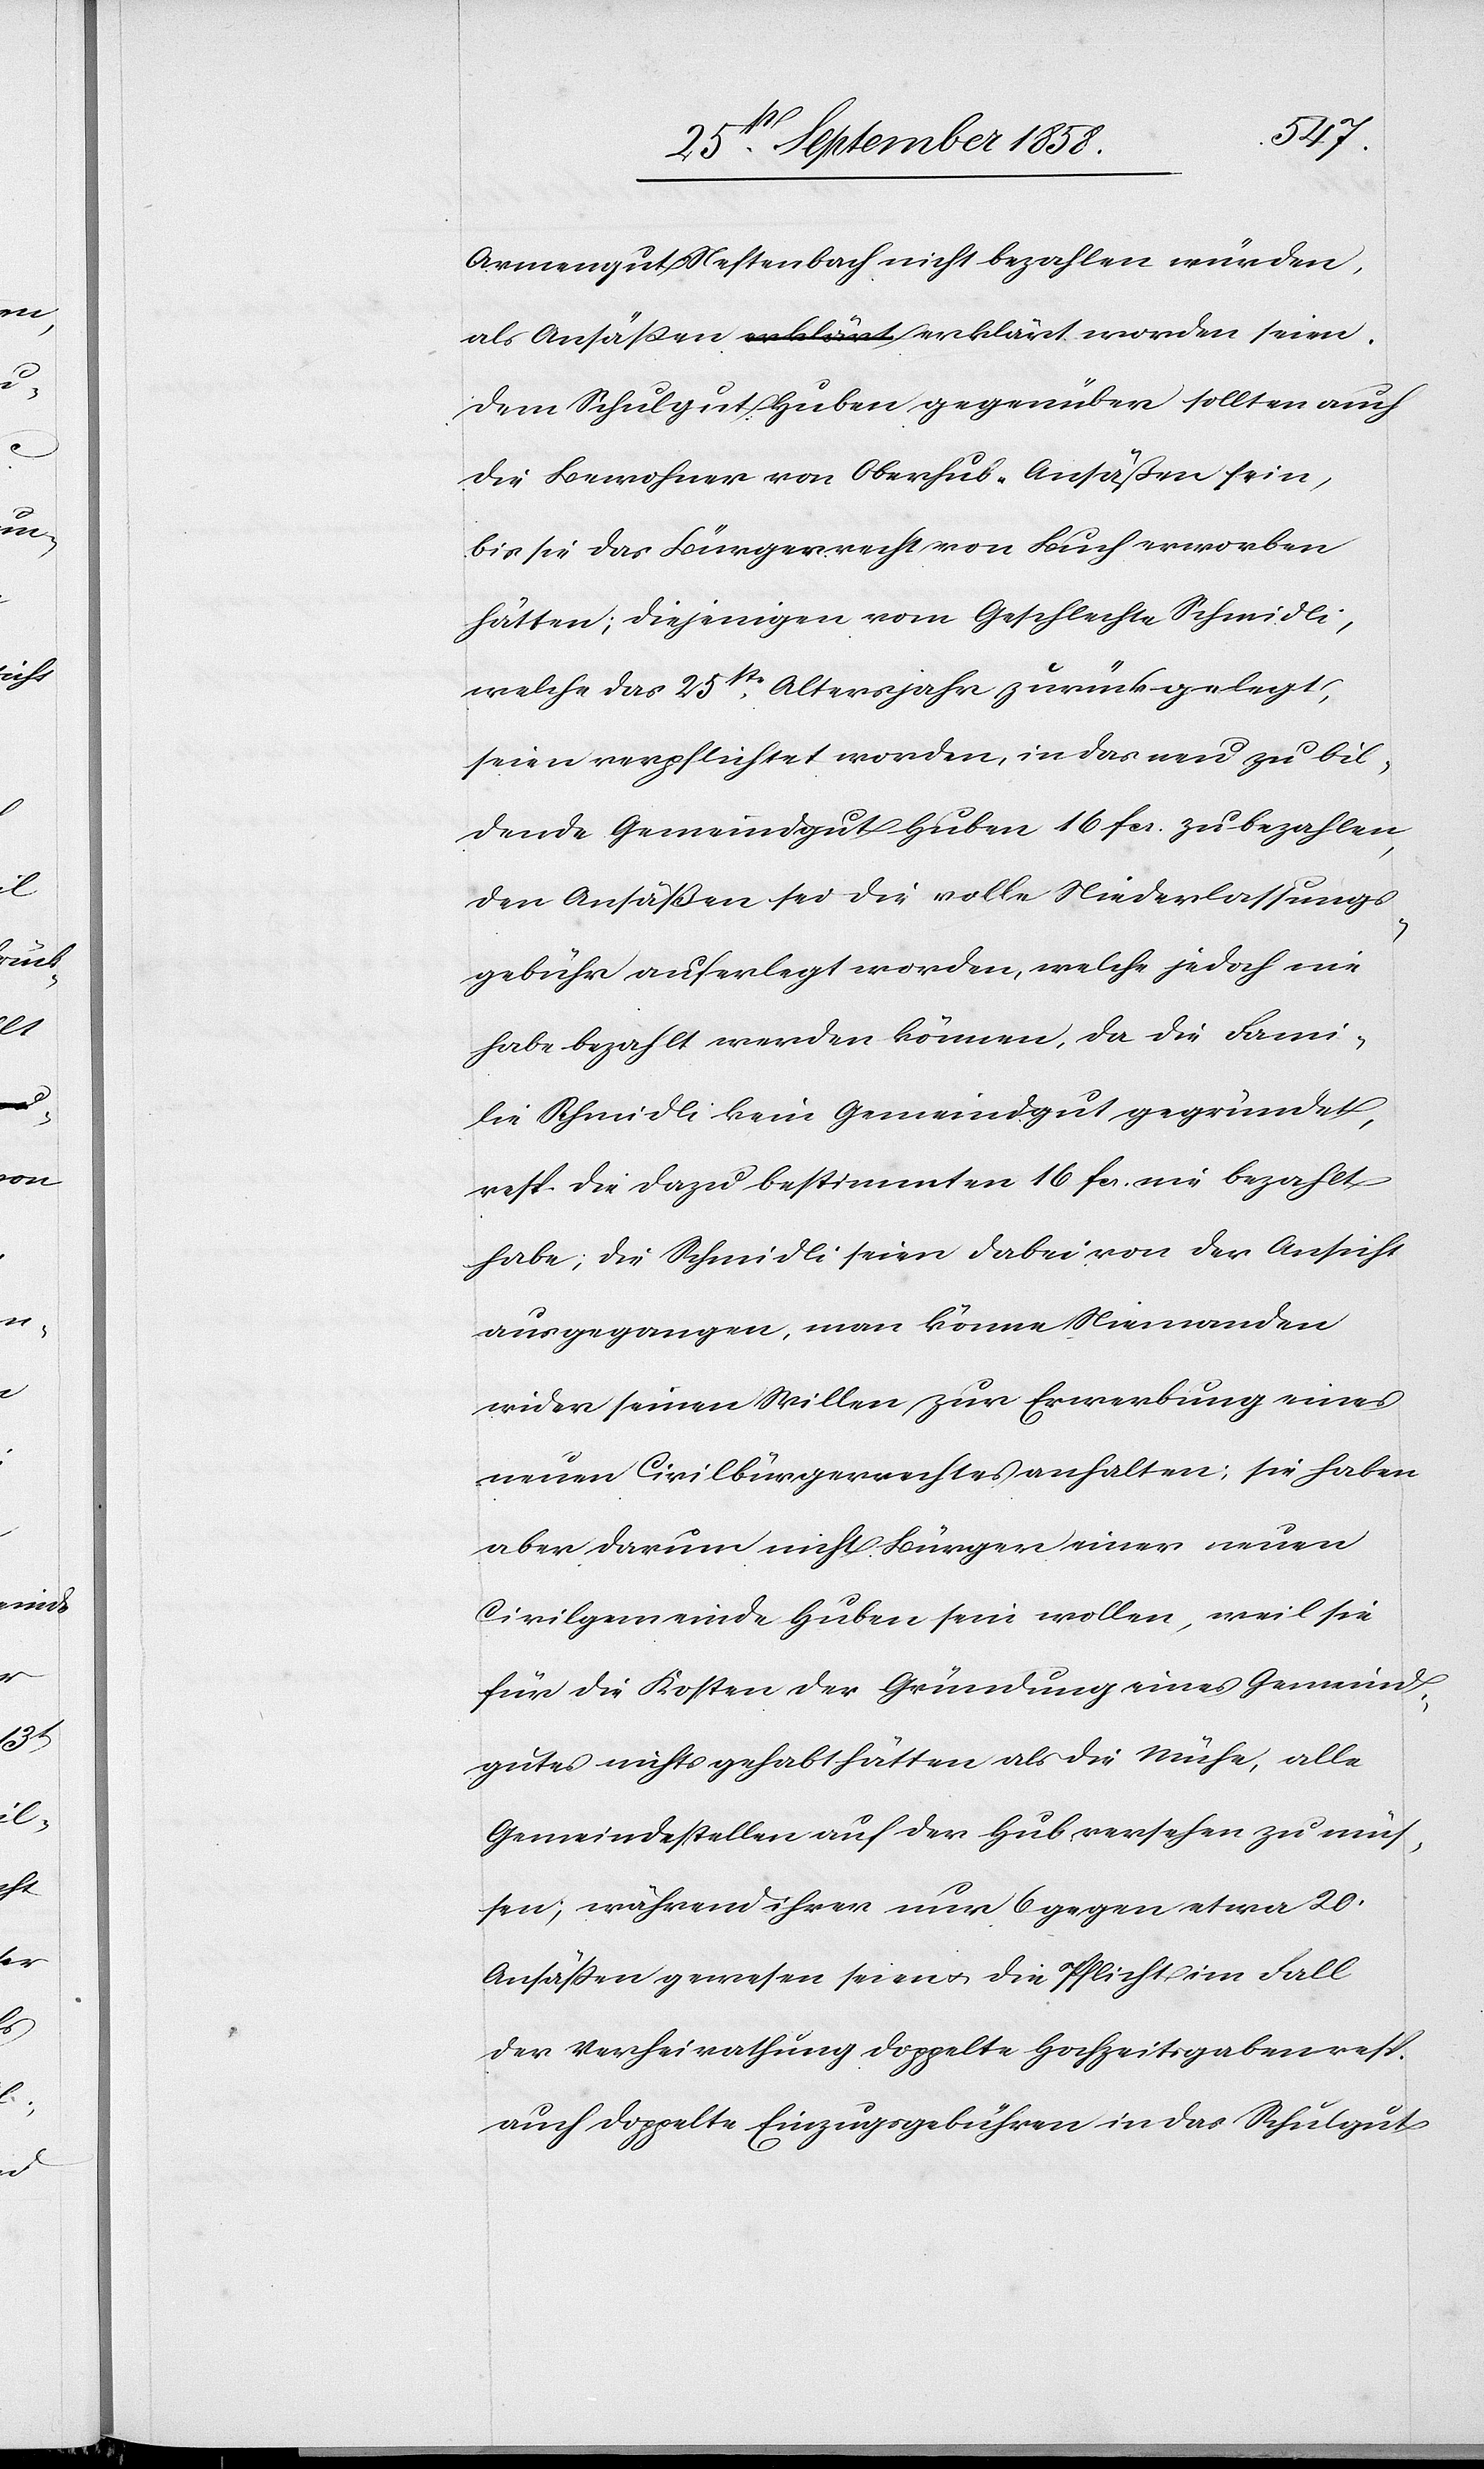
Armengut Neftenbach nicht bezahlen würden,
Dem Schulgut Huben gegenüber sollten auch
die Bewohner von Oberhub Ansäßen sein,
bis sie das Bürgerrecht von Buch erworben
hätten; diejenigen vom Geschlechte Schmidli,
welche das 25ste Altersjahr zurückgelegt,
seien verpflichtet worden, in das neu zu bil¬
dende Gemeindgut Huben 16 fcs. zu bezahlen,
den Ansäßen sei die volle Niederlassungs¬
gebühr auferlegt worden, welche jedoch nie
habe bezahlt werden können, da die Fami¬
lie Schmidli kein Gemeindgut gegründet,
resp. die dazu bestimmten 16 fcs. nie bezahlt
habe; die Schmidli seien dabei von der Ansicht
ausgegangen, man könne Niemanden
wider seinen Willen zur Erwerbung eines
neuen Civilbürgerrechtes anhalten; sie haben
aber darum nicht Bürger einer neuen
Civilgemeinde Huben sein wollen, weil sie
für die Kosten der Gründung eines Gemeind¬
gutes nichts gehabt hätten als die Mühe, alle
Gemeindestellen auf der Hub versehen zu müs¬
sen; während ihrer nur 6 gegen etwa 20
Ansäßen gewesen seien & die Pflicht im Fall
der Verheirathung doppelte Hochzeitsgaben resp.
auch doppelte Einzugsgebühren in das Schulgut